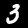
Label: 3